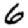
Digit: 6